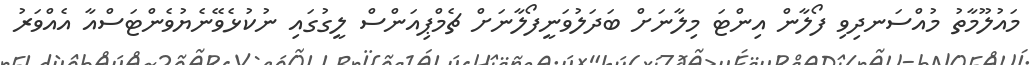
މައުލޫމާތު މުއްސަނދިވި ފޯލާން އިންޓަ މިލާނަށް ބަދަލުވަނީފޯލާނަށް ޗެމްޕިއަންސް ލީގުގައި ނުކުޅެވޭނެޔުވެންޓަސްއާ އެއްވަރު